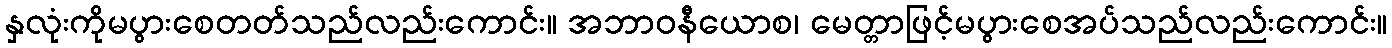
နှလုံးကိုမပွားစေတတ်သည်လည်းကောင်း။ အဘာဝနီယောစ၊ မေတ္တာဖြင့်မပွားစေအပ်သည်လည်းကောင်း။